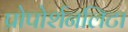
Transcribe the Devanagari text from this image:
प्रोपोर्शनलिटा